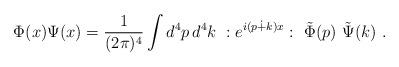
LaTeX: \begin{align*}\Phi(x) \Psi(x) = \frac{1}{(2\pi)^4} \int d^4p \, d^4k ~ :e^{i (p \dot{+} k) x}:~ \tilde{\Phi}(p) ~ \tilde{\Psi}(k)~.\end{align*}